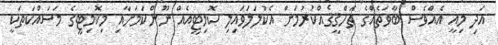
އަދި މިއީ އެއްވެސް ބާވަތެއްގެ ތަހްޤީޤެއްކުރުމަށް އެކުލަލަވައިލި ކޮމިޓީއެއް ނޫންކަމަށާއި މިކޮމިޓީގެ މަސައްކަތަކީ